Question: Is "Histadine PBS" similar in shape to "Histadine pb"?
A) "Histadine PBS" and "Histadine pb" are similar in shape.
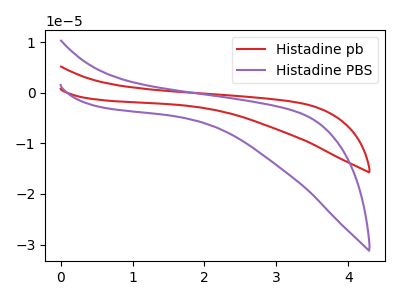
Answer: <think>The red curve "Histadine pb" has no peaks. The purple curve "Histadine PBS" has no peaks.
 Neither "Histadine PBS" or "Histadine pb" have any peaks.</think>
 <answer>A) "Histadine PBS" and "Histadine pb" are similar in shape.</answer>
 <eval>A</eval>